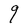
Character: q